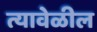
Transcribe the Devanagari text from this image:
त्यावेळील